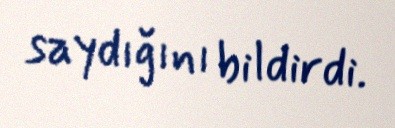
saydığını bildirdi.